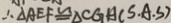
\therefore \Delta A E F \cong \Delta C G A ( S . A . S )